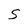
Character: S